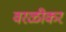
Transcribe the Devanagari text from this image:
वरळीकर